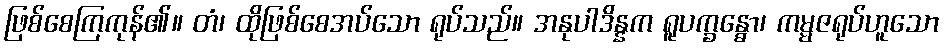
ဖြစ်စေကြကုန်၏။ တံ၊ ထိုဖြစ်စေအပ်သော ရုပ်သည်။ အနုပါဒိန္နက ရူပက္ခန္ဓော၊ ကမ္မဇရုပ်ဟူသော